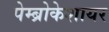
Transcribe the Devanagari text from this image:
पेम्ब्रोकेशायर